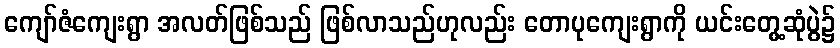
ကျော်ဇံကျေးရွာ အလတ်ဖြစ်သည် ဖြစ်လာသည်ဟုလည်း တောပုကျေးရွာကို ယင်းတွေ့ဆုံပွဲ၌